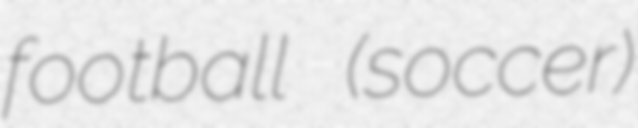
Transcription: football (soccer)